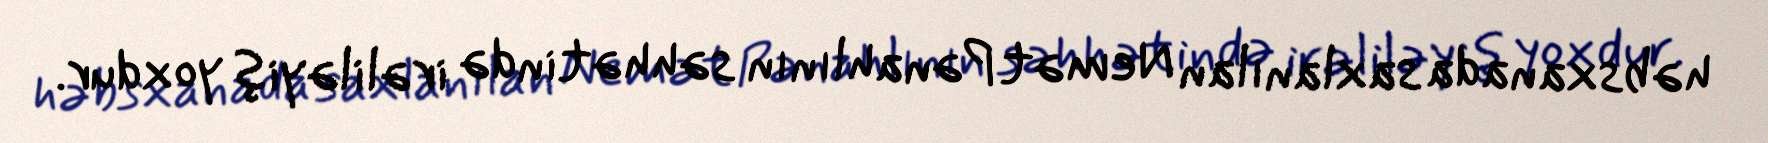
həbsxanada saxlanılan Nemət Pənahlının səhhətində irəliləyiş yoxdur.